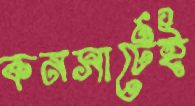
কনসার্টেই